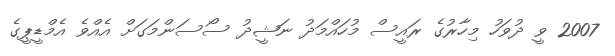
2007 ވީ ދުވަހު މިހާރުގެ ރައީސް މުހައްމަދު ނަޝީދު ސޯސަންމަގަށް އެއްވެ އެމްޑީޕީގެ